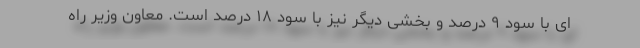
ای با سود ۹ درصد و بخشی دیگر نیز با سود ۱۸ درصد است. معاون وزیر راه